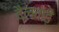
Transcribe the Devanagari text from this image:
दैलवाड़े